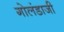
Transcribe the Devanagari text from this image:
गोलंडाजी